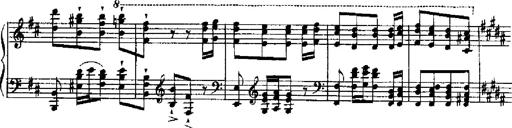
Title: RÃ©miniscences de Robert le diable
Composer: Franz Liszt